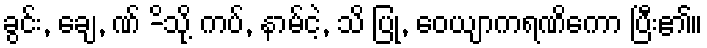
ခွင်း, ချေ, ဏ် -ိသို့ ကပ်, နာမ်ငဲ့, သိ ပြု, ဝေယျာကရဏိကော ပြီး၏။